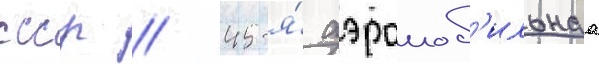
ссср // 45-я́ аэромоб'ильнаа